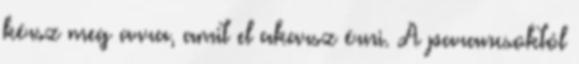
kérsz meg arra, amit el akarsz érni. A parancsoktól